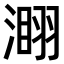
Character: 𣻫